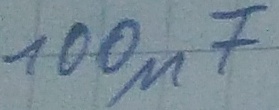
Text: 100µF